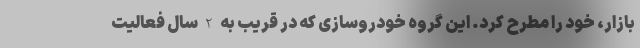
بازار، خود را مطرح کرد. این گروه خودروسازی که در قریب به 2 سال فعالیت